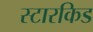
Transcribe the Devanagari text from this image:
स्टारकिड